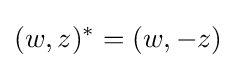
(w,z)^{*}=(w,-z)